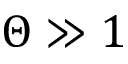
\Theta \gg 1